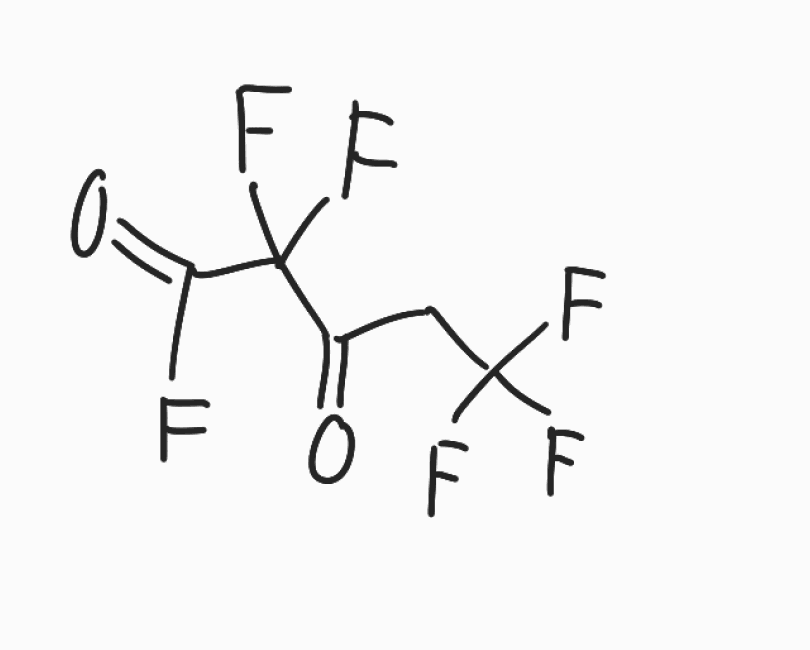
Simplified molecular-input line-entry system (SMILES) notation of the given molecule:
C(C(=O)C(C(=O)F)(F)F)C(F)(F)F